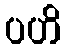
ပဟိ